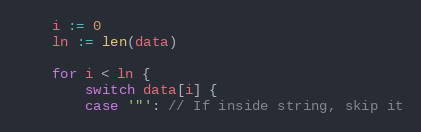
Language: Go
	i := 0
	ln := len(data)

	for i < ln {
		switch data[i] {
		case '"': // If inside string, skip it